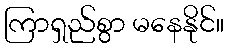
ကြာရှည်စွာ မနေနိုင်။